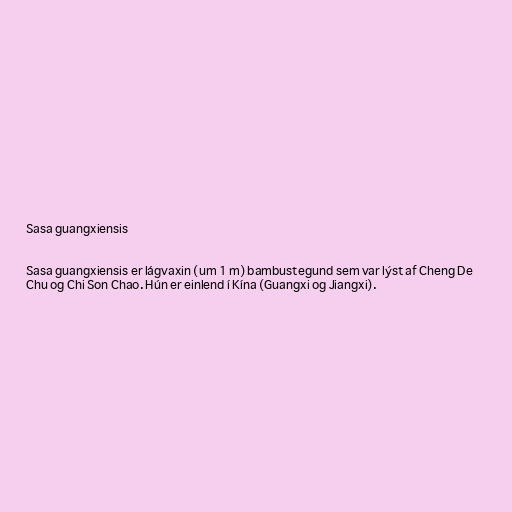
Sasa guangxiensis

Sasa guangxiensis er lágvaxin (um 1 m) bambustegund sem var lýst af Cheng De
Chu og Chi Son Chao. Hún er einlend í Kína (Guangxi og Jiangxi).